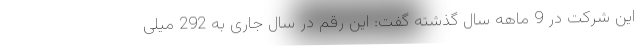
این شرکت در 9 ماهه سال گذشته گفت: این رقم در سال جاری به 292 میلی